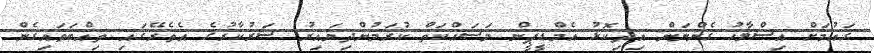
ގައުމަށް އިސްލާހު ގެންނަން އިދިކޮޅު އެމްޑީޕީން މަސައްކަތް ކުރަމުންދިޔައިރު ސަރުކާރުގެ އެތެރޭގައި ތިއްބަވައިގެން